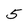
Character: 5